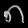
Digit: ၈